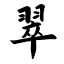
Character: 翠